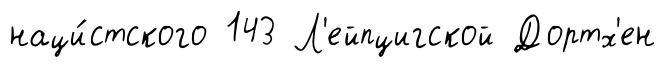
наци́стского 143 Л'ейпцигской Дортх'ен